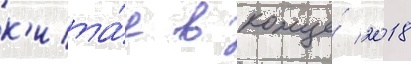
к'ита́е в конце́ 2018